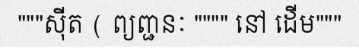
"""ស៊ីត ( ព្យញ្ជនៈ """" នៅ ដើម"""